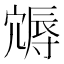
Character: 䢇